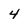
Character: 4